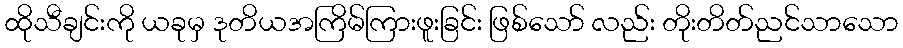
ထိုသီချင်းကို ယခုမှ ဒုတိယအကြိမ်ကြားဖူးခြင်း ဖြစ်သော် လည်း တိုးတိတ်ညင်သာသော